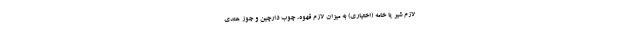
لازم شیر یا خامه (اختیاری) به میزان لازم قهوه، چوب دارچین و جوز هندی